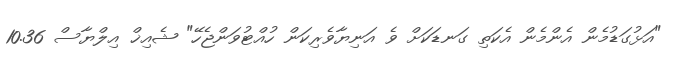
"އަޅުގަޑުމެން އެންމެން އެކަތި ގަނޑަކަށް ވެ އަނިޔާވެރިކަން ހުއްޓުވަންޖެހޭ" ޝެއިޚް އިލްޔާސް 10.36